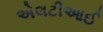
એલટીઆઈ